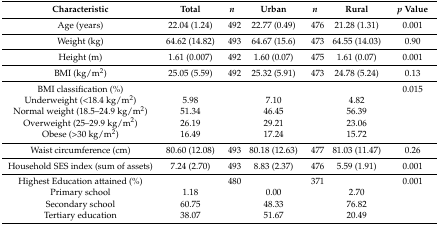
<table><thead><tr><td><b>Characteristic</b></td><td><b>Total</b></td><td><b><i>n</i></b></td><td><b>Urban</b></td><td><b><i>n</i></b></td><td><b>Rural</b></td><td><b><i>p</i> Value</b></td></tr></thead><tbody><tr><td>Age (years)</td><td>22.04 (1.24)</td><td>492</td><td>22.77 (0.49)</td><td>476</td><td>21.28 (1.31)</td><td>0.001</td></tr><tr><td>Weight (kg)</td><td>64.62 (14.82)</td><td>493</td><td>64.67 (15.6)</td><td>473</td><td>64.55 (14.03)</td><td>0.90</td></tr><tr><td>Height (m)</td><td>1.61 (0.007)</td><td>492</td><td>1.60 (0.07)</td><td>475</td><td>1.61 (0.07)</td><td>0.001</td></tr><tr><td>BMI (kg/m<sup>2</sup>)</td><td>25.05 (5.59)</td><td>492</td><td>25.32 (5.91)</td><td>473</td><td>24.78 (5.24)</td><td>0.13</td></tr><tr><td>BMI classification (%)</td><td></td><td></td><td></td><td></td><td></td><td>0.015</td></tr><tr><td>Underweight (&lt;18.4 kg/m<sup>2</sup>)</td><td>5.98</td><td></td><td>7.10</td><td></td><td>4.82</td><td></td></tr><tr><td>Normal weight (18.5–24.9 kg/m<sup>2</sup>)</td><td>51.34</td><td></td><td>46.45</td><td></td><td>56.39</td><td></td></tr><tr><td>Overweight (25–29.9 kg/m<sup>2</sup>)</td><td>26.19</td><td></td><td>29.21</td><td></td><td>23.06</td><td></td></tr><tr><td>Obese (&gt;30 kg/m<sup>2</sup>)</td><td>16.49</td><td></td><td>17.24</td><td></td><td>15.72</td><td></td></tr><tr><td>Waist circumference (cm)</td><td>80.60 (12.08)</td><td>493</td><td>80.18 (12.63)</td><td>477</td><td>81.03 (11.47)</td><td>0.26</td></tr><tr><td>Household SES index (sum of assets)</td><td>7.24 (2.70)</td><td>493</td><td>8.83 (2.37)</td><td>476</td><td>5.59 (1.91)</td><td>0.001</td></tr><tr><td>Highest Education attained (%)</td><td></td><td>480</td><td></td><td>371</td><td></td><td>0.001</td></tr><tr><td>Primary school</td><td>1.18</td><td></td><td>0.00</td><td></td><td>2.70</td><td></td></tr><tr><td>Secondary school</td><td>60.75</td><td></td><td>48.33</td><td></td><td>76.82</td><td></td></tr><tr><td>Tertiary education</td><td>38.07</td><td></td><td>51.67</td><td></td><td>20.49</td><td></td></tr></tbody></table>